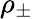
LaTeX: \rho_{\pm}